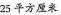
25平方厘米